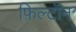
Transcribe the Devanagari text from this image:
फ़िल्टॉन